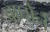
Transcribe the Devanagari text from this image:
वाघोर्न